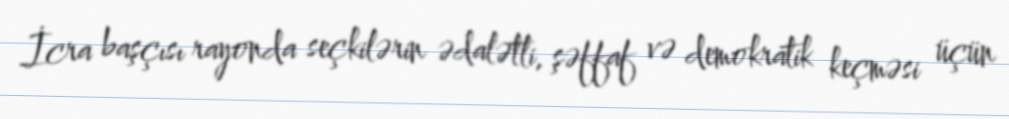
İcra başçısı rayonda seçkilərin ədalətli, şəffaf və demokratik keçməsi üçün